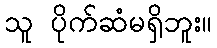
သူ ပိုက်ဆံမရှိဘူး။